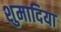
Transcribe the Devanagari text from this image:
शुमादिया